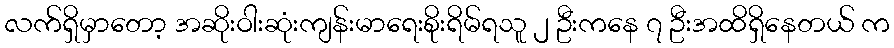
လက်ရှိမှာတော့ အဆိုးဝါးဆုံးကျန်းမာရေးစိုးရိမ်ရသူ ၂ ဦးကနေ ၇ ဦးအထိရှိနေတယ် က